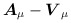
\begin{align*}\mbox{\boldmath $A$}_{\mu} -\mbox{\boldmath $V$}_{\mu}\end{align*}